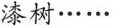
漆树……